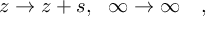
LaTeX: z \rightarrow z + s , \ \ \infty \rightarrow \infty \quad ,